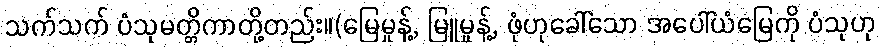
သက်သက် ပံသုမတ္တိကာတို့တည်း။(မြေမှုန့်, မြူမှုန့်, ဖုံဟုခေါ်သော အပေါ်ယံမြေကို ပံသုဟု